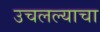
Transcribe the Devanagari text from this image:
उचलल्याचा